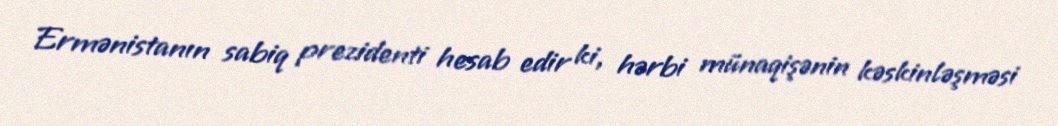
Ermənistanın sabiq prezidenti hesab edir ki, hərbi münaqişənin kəskinləşməsi